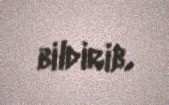
bildirib.